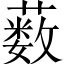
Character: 薮